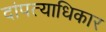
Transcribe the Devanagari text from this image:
दांपत्याधिकार